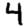
Digit: 4